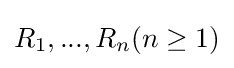
{\textstyle R_{1},...,R_{n}(n\geq 1)}